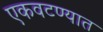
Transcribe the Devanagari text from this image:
एकवटण्यात